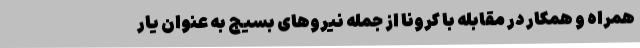
همراه و همکار در مقابله با کرونا از جمله نیروهای بسیج به عنوان یار